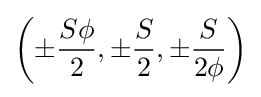
\left(\pm {\frac {S\phi }{2}},\pm {\frac {S}{2}},\pm {\frac {S}{2\phi }}\right)